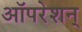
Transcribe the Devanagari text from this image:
ऑपरेशन्